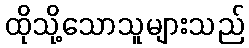
ထိုသို့သောသူများသည်